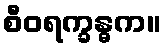
စီဝရက္ခန္ဓက။